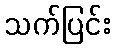
သက်ပြင်း